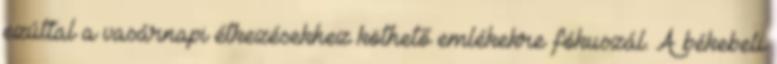
ezúttal a vasárnapi étkezésekhez köthető emlékekre fókuszál. A békebeli